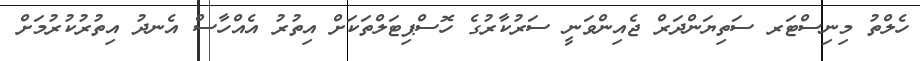
ހެލްތު މިނިސްޓަރ ސަތިޔަންދަރް ޖެއިންވަނީ ސަރުކާރުގެ ހޮސްޕިޓަލްތަކަށް އިތުރު އެއްހާސް އެނދު އިތުރުކުރުމަށް